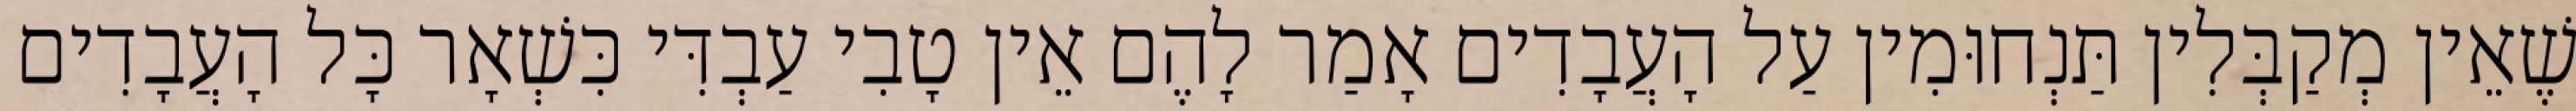
שֶׁאֵין מְקַבְּלִין תַּנְחוּמִין עַל הָעֲבָדִים אָמַר לָהֶם אֵין טָבִי עַבְדִּי כִּשְׁאָר כָּל הָעֲבָדִים